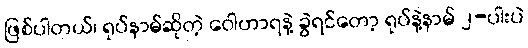
ဖြစ်ပါတယ်၊ ရုပ်နာမ်ဆိုတဲ့ ဝေါဟာရနဲ့ ခွဲရင်တော့ ရုပ်နဲ့နာမ် ၂-ပါးပဲ